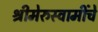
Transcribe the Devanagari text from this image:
श्रीमेरुस्वामींचे